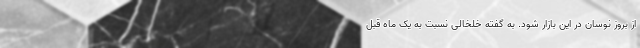
از بروز نوسان در این بازار شود. به گفته خلخالی نسبت به یک ماه قبل